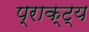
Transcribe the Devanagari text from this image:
प्राक्ट्य